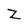
Character: Z